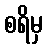
စရိမှ